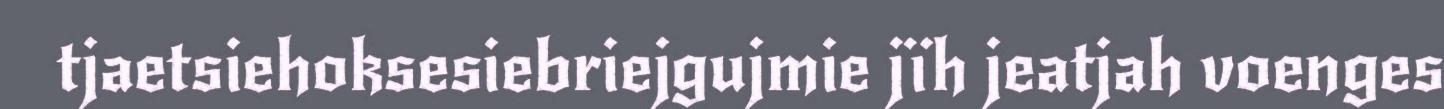
tjaetsiehoksesiebriejgujmie jïh jeatjah voenges